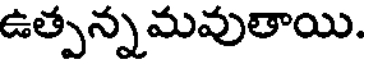
ఉత్పన్నమవుతాయి.